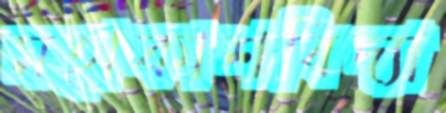
মহাকাশবিদ্যা